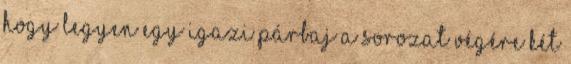
hogy legyen egy igazi párbaj a sorozat végére két